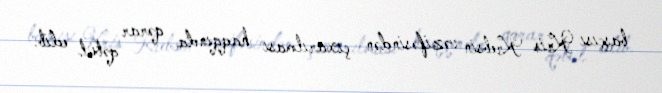
başçısı Kris Krebsin vəzifəsindən çıxarılması haqqında qərar qəbul edib.